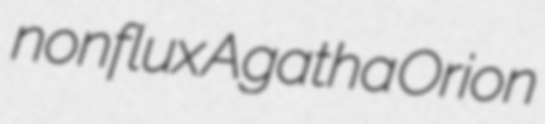
nonflux Agatha Orion